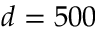
d = 5 0 0